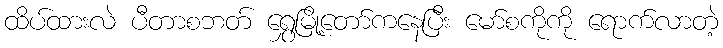
ထိပ်ထားလဲ ပီတာစဘတ် ရွှေမြို့တော်ကနေပြီး မော်စကိုကို ရောက်လာတဲ့